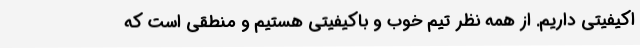
اکیفیتی داریم. از همه نظر تیم خوب و باکیفیتی هستیم و منطقی است که